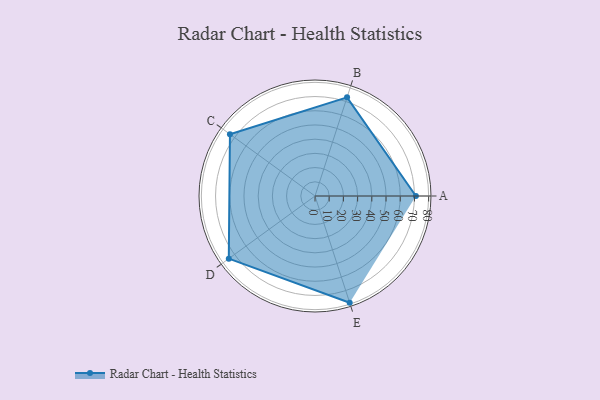
{"axis": {"x": "Skill", "y": "Score"}, "legend": ["Profile"], "data": [{"x": "A", "y": 71.0, "type": "Profile"}, {"x": "B", "y": 73.0, "type": "Profile"}, {"x": "C", "y": 74.0, "type": "Profile"}, {"x": "D", "y": 75.0, "type": "Profile"}, {"x": "E", "y": 79.0, "type": "Profile"}]}